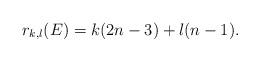
LaTeX: \begin{align*}r_{k,l}(E) = k(2n-3) + l(n-1).\end{align*}